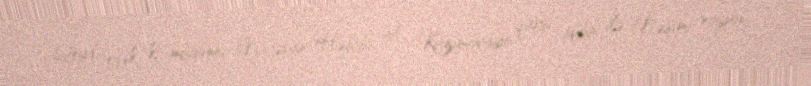
Qeyd edək ki, müğənni Natəvan Həbibi A. Kazımovaya qarşı iddia ilə Nəsimi rayon